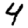
Digit: 4